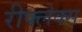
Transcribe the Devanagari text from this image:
रीफ्लेक्स